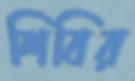
শিবির